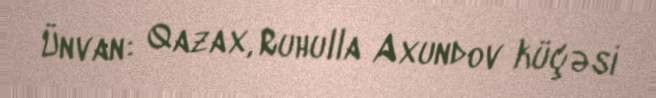
Ünvan: Qazax, Ruhulla Axundov küçəsi